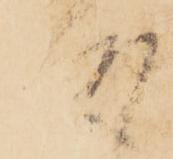
酌